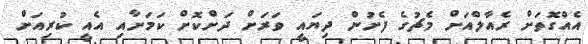
އެއްގޮތަށް ރެއާލްއަށް މެޗުގެ ފެށުން ދިޔައީ ވަރަށް ދަށްކޮށް ކަމަށާއި އެއީ ކުރިއަށް